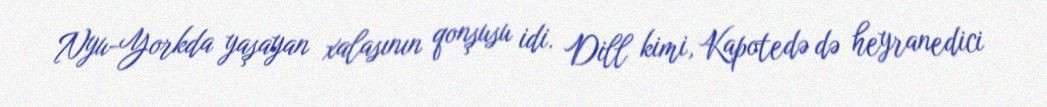
Nyu-Yorkda yaşayan xalasının qonşusu idi. Dill kimi, Kapotedə də heyranedici